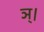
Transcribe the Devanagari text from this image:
ञ्।